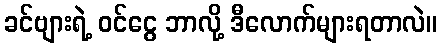
ခင်ဗျားရဲ့ ဝင်ငွေ ဘာလို့ ဒီလောက်များရတာလဲ။